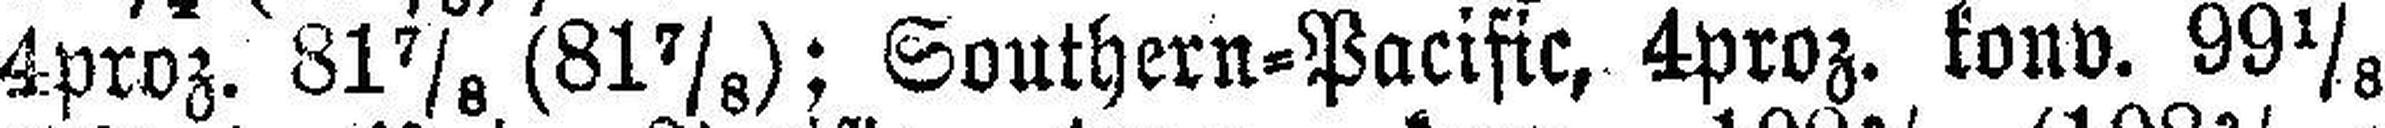
4proz. 81⅞ (81⅞); Southern=Pacific, 4proz. konv. 99⅛